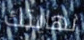
نهايتك